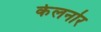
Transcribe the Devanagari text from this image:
केलनोर